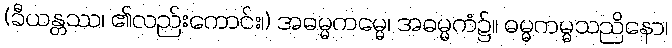
(ခီယန္တဿ၊ ၏လည်းကောင်း၊) အဓမ္မကမ္မေ၊ အဓမ္မကံ၌။ ဓမ္မကမ္မသညိနော၊